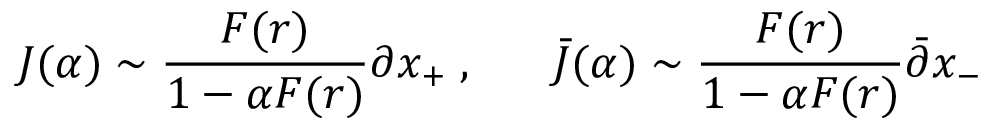
J ( \alpha ) \sim \frac { F ( r ) } { 1 - \alpha F ( r ) } \partial x _ { + } \; , \; \; \; \; \; \; \bar { J } ( \alpha ) \sim \frac { F ( r ) } { 1 - \alpha F ( r ) } \bar { \partial } x _ { - }